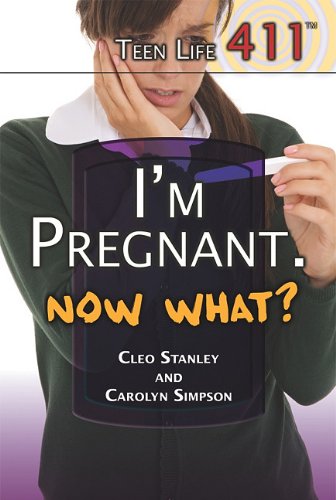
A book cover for I'm Pregnant. Now What? (Teen Life 411); Cleo Stanley; Teen & Young Adult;